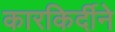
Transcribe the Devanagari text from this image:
कारकिर्दीने